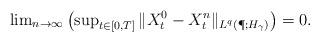
LaTeX: \begin{align*}\lim\nolimits_{n \to \infty} \left(\sup\nolimits_{t\in [0,T]}\| X_t^0 - X_t^{n}\|_{L^q(\P; H_\gamma)}\right)=0.\end{align*}